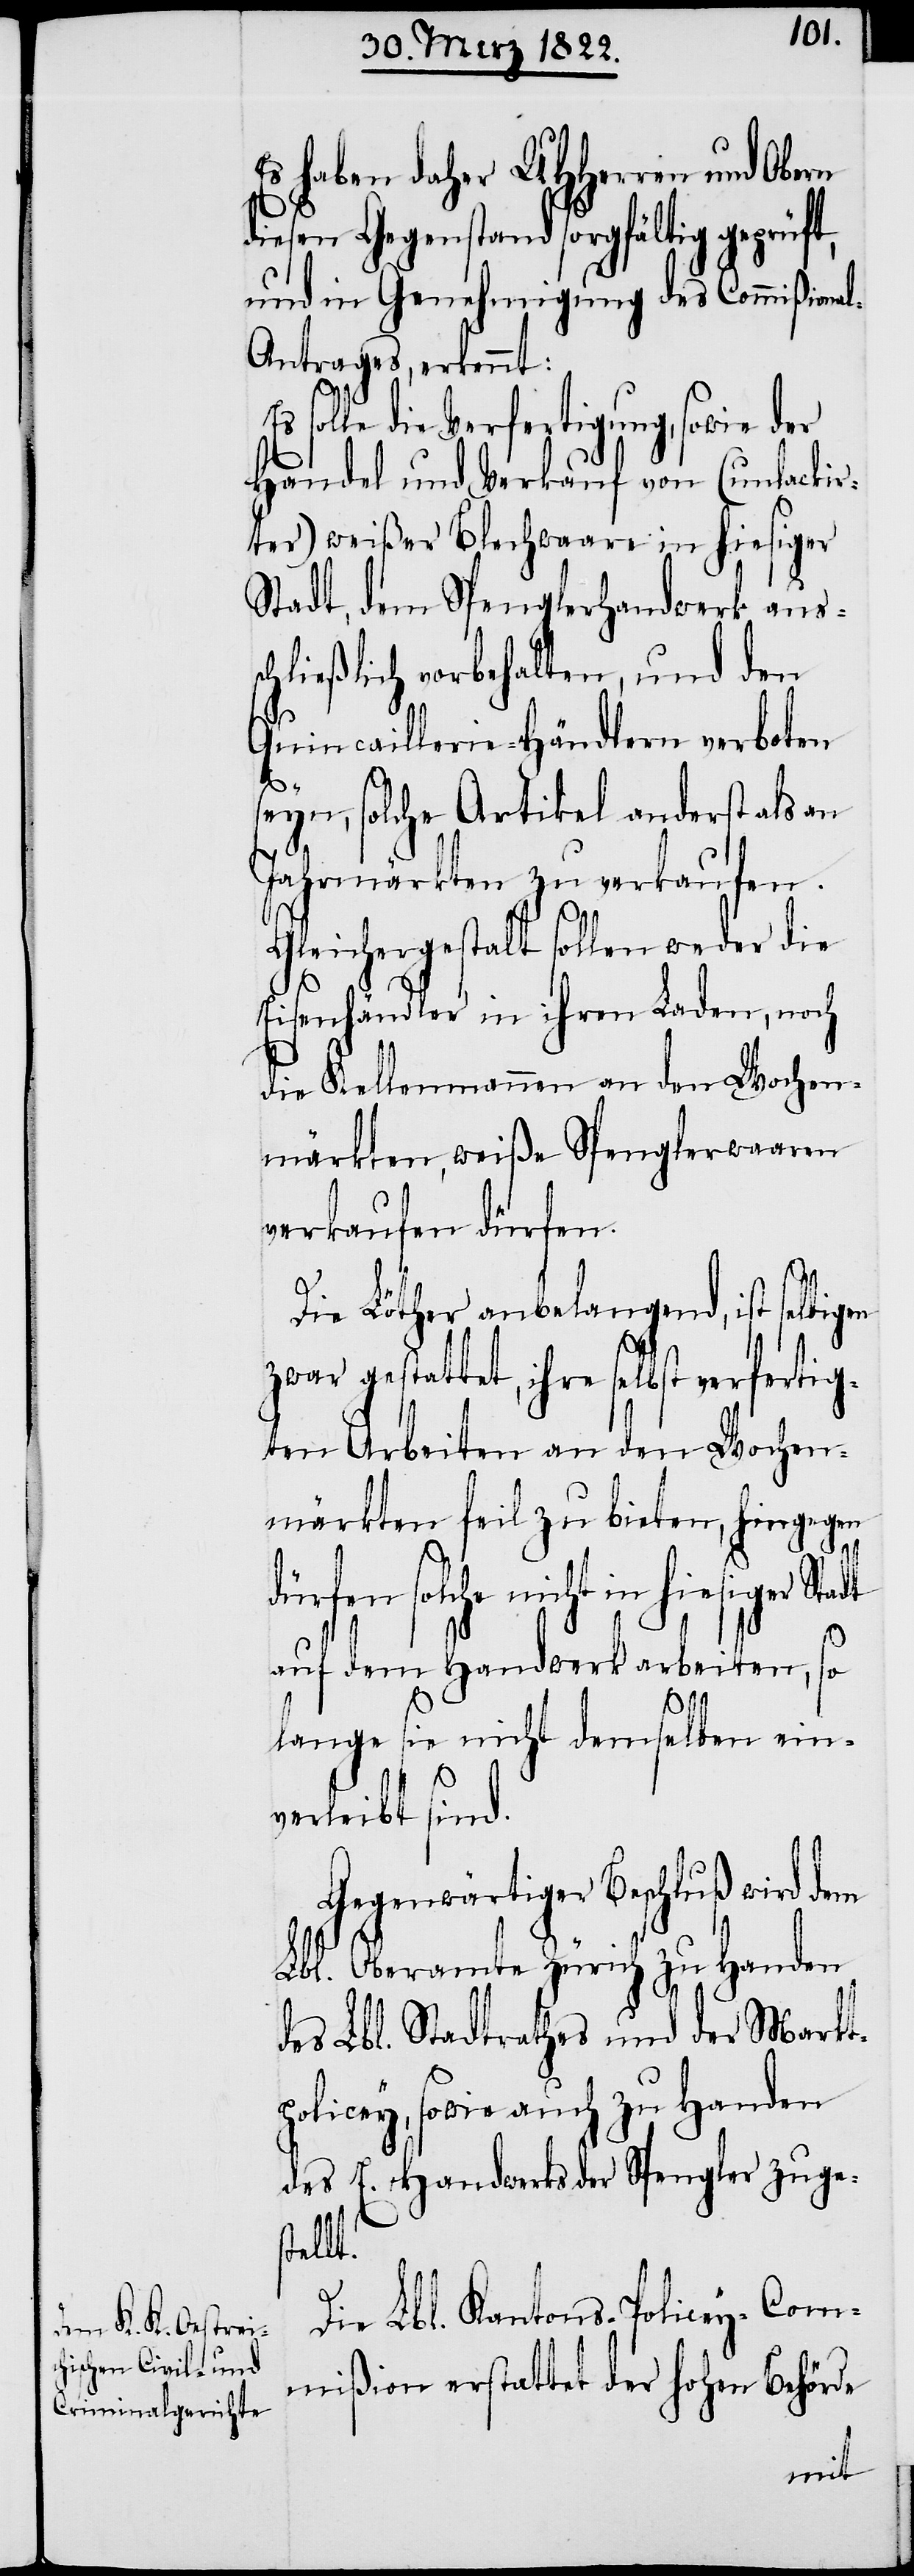
Es haben daher UHHerren und Obern
diesen Gegenstand sorgfältig geprüf¬
und in Genehmigung des Commißiona¬
l-Antrages, erkennt:
dt
solle die Verfertigung, sowie der
Handel und Verkauf von (unlackir¬
ter) weißer Blechwaare in hiesiger
Stadt, dem Spenglerhandwerk aus¬
hließlich vorbehalten, und den
Quincaillerie-Händlern verboten
sc¬
seyn, solche Artikel anderst als an
Jahrmärkten zu verkaufen.
Gleichergestalt sollen weder die
Eisenhändler in ihren Laden, noch
die Kellenmannen an den Woche¬
märkten, weiße Spenglerwaaren
verkaufen dürfen.
Die Löther angelangend, ist selbigen
zwar gestattet, ihre selbst verfertig¬
ten Arbeiten an den Wochen¬
märkten feil zu bieten, hingegen
dürfen solche nicht in hiesiger Sta¬
auf dem Handwerk arbeiten, so
lange sie nicht demselben ein¬
verleibt sind.
Gegenwärtiger Beschluß wird dem
Lbl. Oberamte Zürich zu Handen
des Lbl. Stadtrathes und der Markt¬
policey, sowie auch zu Handen
des E. Handwerks der Spengler zuges¬
tellt.
Die Lbl. Kantons-Policey-Com¬
mißion erstattet der hohen Behörde